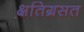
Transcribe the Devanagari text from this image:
क्षतिग्रसत